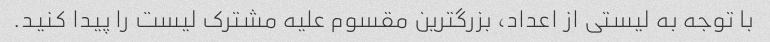
با توجه به لیستی از اعداد، بزرگترین مقسوم علیه مشترک لیست را پیدا کنید.